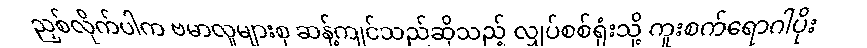
ညှစ်လိုက်ပါက ဗမာလူများစု ဆန့်ကျင်သည်ဆိုသည့် လျှပ်စစ်ရုံးသို့ ကူးစက်ရောဂါပိုး